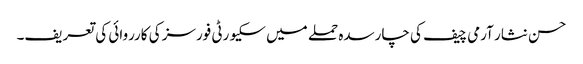
حسن نثار آرمی چیف کی چارسدہ حملے میں سکیورٹی فورسز کی کارروائی کی تعریف۔